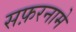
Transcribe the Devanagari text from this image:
सफ़रनामे